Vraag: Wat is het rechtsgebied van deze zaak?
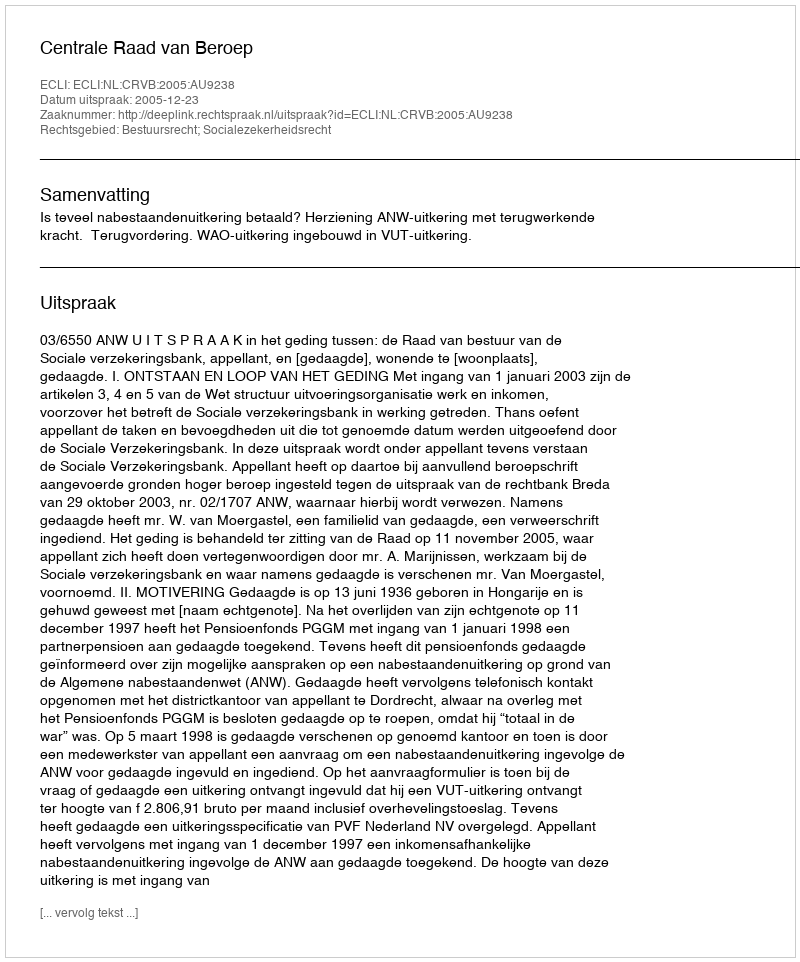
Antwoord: Bestuursrecht; Socialezekerheidsrecht